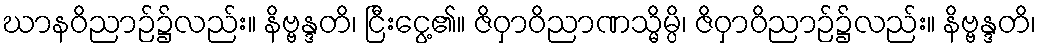
ဃာနဝိညာဉ်၌လည်း။ နိဗ္ဗန္ဒတိ၊ ငြီးငွေ့၏။ ဇိဝှာဝိညာဏသ္မိမ္ပိ၊ ဇိဝှာဝိညာဉ်၌လည်း။ နိဗ္ဗန္ဒတိ၊